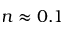
n \approx 0 . 1